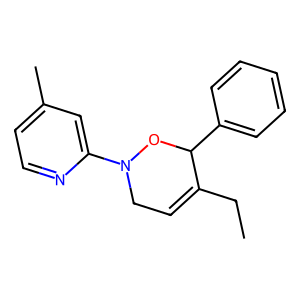
SMILES: CCC1=CCN(c2cc(C)ccn2)OC1c1ccccc1
Inhibits HIV replication: No